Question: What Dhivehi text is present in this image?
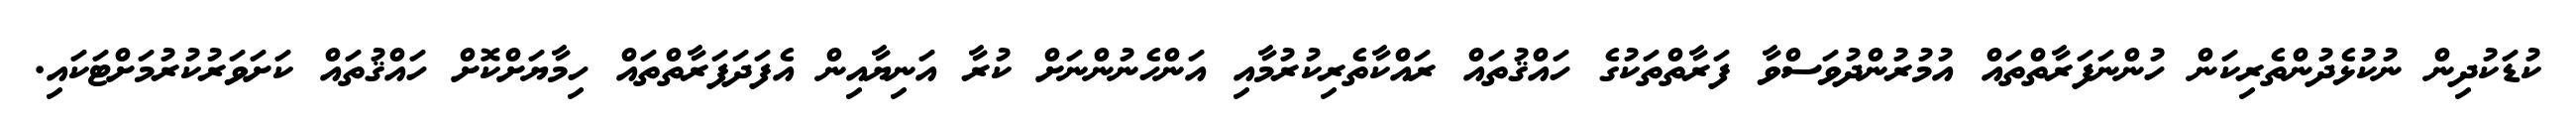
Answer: ކުޑަކުދިން ނުކުޅެދުންތެރިކަން ހުންނަފަރާތްތައް އުމުރުންދުވަސްވާ ފަރާތްތަކުގެ ހައްޤުތައް ރައްކާތެރިކުރުމާއި އަންހެނުންނަށް ކުރާ އަނިޔާއިން އެފަދަފަރާތްތައް ހިމާޔަށްކޮށް ހައްޤުތައް ކަށަވަރުކުރުމަށްޓަކައި.